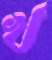
খ